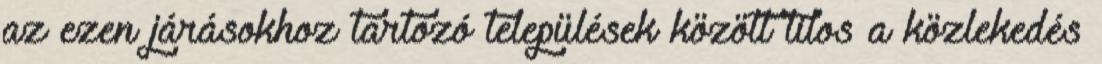
az ezen járásokhoz tartozó települések között tilos a közlekedés